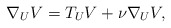
\begin{align*}\nabla_U V = T_U V + \nu \nabla_U V,\end{align*}